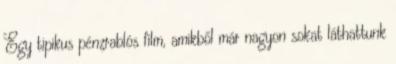
Egy tipikus pénzrablós film, amikből már nagyon sokat láthattunk